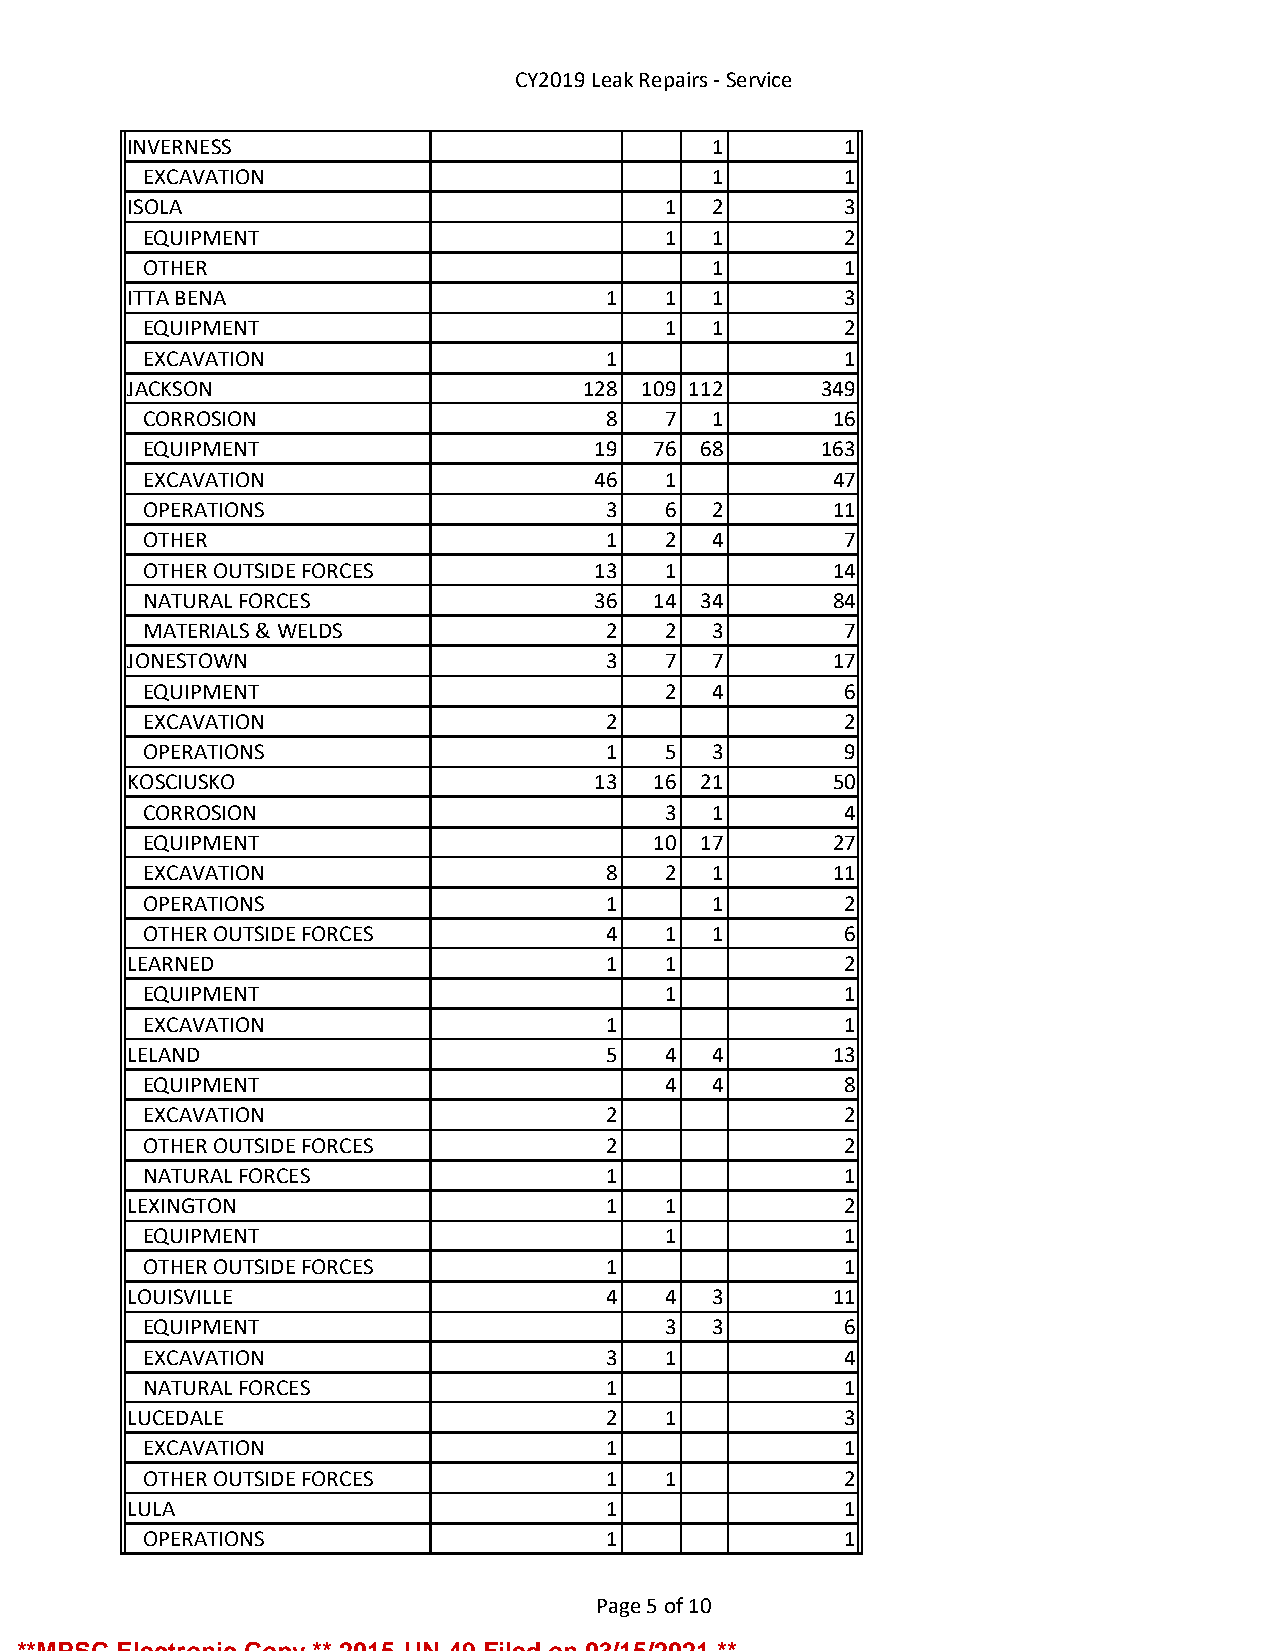
CY2019 Leak Repairs - Service
 INVERNESS                             1        1
 EXCAVATION                           1        1
 ISOLA                              1  2        3
 EQUIPMENT                         1  1        2
 OTHER                                1        1
 ITTA BENA                      1   1  1        3
 EQUIPMENT                         1  1        2
 EXCAVATION                    1               1
 JACKSON                       128 109 112     349
 CORROSION                     8   7  1       16
 EQUIPMENT                     19 76  68      163
 EXCAVATION                    46  1          47
 OPERATIONS                    3   6  2       11
 OTHER                         1   2  4        7
 OTHER OUTSIDE FORCES          13  1          14
 NATURAL FORCES                36 14  34      84
 MATERIALS & WELDS             2   2  3        7
 JONESTOWN                      3   7  7       17
 EQUIPMENT                         2  4        6
 EXCAVATION                    2               2
 OPERATIONS                    1   5  3        9
 KOSCIUSKO                      13 16  21      50
 CORROSION                         3  1        4
 EQUIPMENT                        10  17      27
 EXCAVATION                    8   2  1       11
 OPERATIONS                    1      1        2
 OTHER OUTSIDE FORCES          4   1  1        6
 LEARNED                        1   1           2
 EQUIPMENT                         1           1
 EXCAVATION                    1               1
 LELAND                         5   4  4       13
 EQUIPMENT                         4  4        8
 EXCAVATION                    2               2
 OTHER OUTSIDE FORCES          2               2
 NATURAL FORCES                1               1
 LEXINGTON                      1   1           2
 EQUIPMENT                         1           1
 OTHER OUTSIDE FORCES          1               1
 LOUISVILLE                     4   4  3       11
 EQUIPMENT                         3  3        6
 EXCAVATION                    3   1           4
 NATURAL FORCES                1               1
 LUCEDALE                       2   1           3
 EXCAVATION                    1               1
 OTHER OUTSIDE FORCES          1   1           2
 LULA                           1               1
 OPERATIONS                    1               1
 Page 5 of 10
 **MPSC Electronic Copy ** 2015-UN-49 Filed on 03/15/2021 **